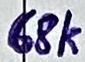
Text: 68k